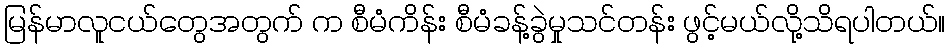
မြန်မာလူငယ်တွေအတွက် က စီမံကိန်း စီမံခန့်ခွဲမှုသင်တန်း ဖွင့်မယ်လို့သိရပါတယ်။